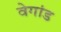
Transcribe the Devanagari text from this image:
वेगांड